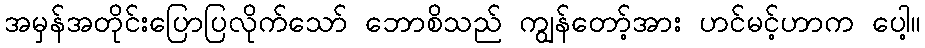
အမှန်အတိုင်းပြောပြလိုက်သော် ဘောစိသည် ကျွန်တော့်အား ဟင်မင့်ဟာက ပေါ့။